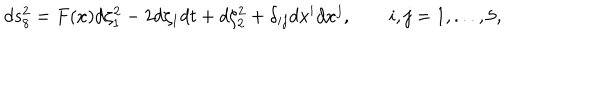
LaTeX: d s _ { 8 } ^ { 2 } = F ( x ) d \zeta _ { 1 } ^ { 2 } - 2 d \zeta _ { 1 } d t + d \zeta _ { 2 } ^ { 2 } + \delta _ { i j } d x ^ { i } d x ^ { j } , \qquad i , j = 1 , . . . , 5 ,